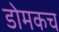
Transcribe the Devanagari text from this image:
डोमकच